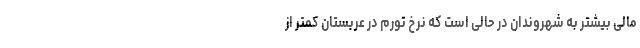
مالی بیشتر به شهروندان در حالی است که نرخ تورم در عربستان کمتر از